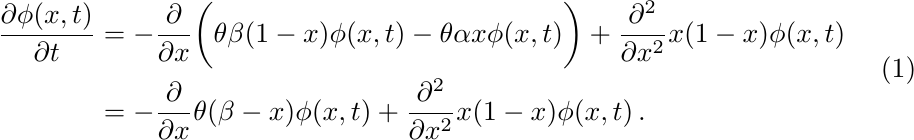
\begin{equation}\label{eq:mutation-drift_diffusion2}
\begin{split}
    \frac{\partial\phi(x,t)}{\partial t}&=-\frac{\partial}{\partial x}\bigg(\theta\beta(1-x)\phi(x,t)-\theta\alpha x\phi(x,t)\bigg)+\frac{\partial^2}{\partial x^2} x(1-x)\phi(x,t)\\
    &=-\frac{\partial}{\partial x}\theta(\beta-x)\phi(x,t)+\frac{\partial^2}{\partial x^2} x(1-x)\phi(x,t)\,.
\end{split}
\end{equation}